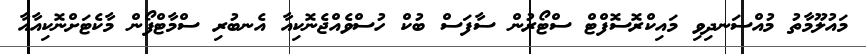
މައުލޫމާތު މުއްސަނދިވި މައިކްރޮސޮފްޓް ސްޓޯރުން ސާފަސް ބުކް ހުސްވެއްޖެނޮކިއާ އެނބުރި ސްމާޓްފޯން މާކެޓަށްނޮކިއާއާ